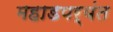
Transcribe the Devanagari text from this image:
महाडपर्यंत